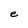
Character: e